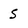
Character: 5